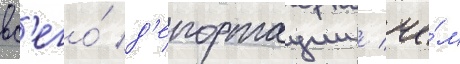
вс'его́ д'епортации / че́м